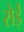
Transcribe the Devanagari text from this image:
रोईं